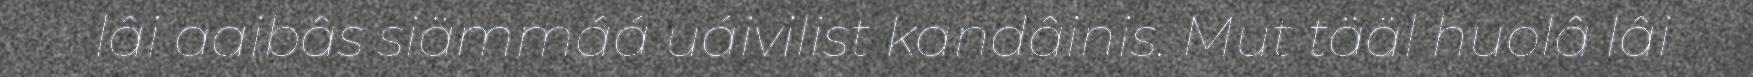
lâi aaibâs siämmáá uáivilist kandâinis. Mut tääl huolâ lâi